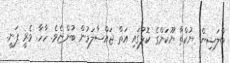
ބްލަޝިން! ޔުކްތާ ޔޫކަންގެ ކޮލުގައި އަތް ޖައްސާލަމުން ބުންޏެވެ. ހާހާ. ވެރީ ފަނީ.